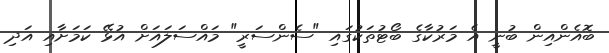
ބޮއެންއިން ބުނީ އެ މަރުކާގެ ބޯޓުތަކުގައި "ސެންސަރީ" މައްސަލައަށް އުޅޭ ކަމަށާއި އަދި